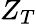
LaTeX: Z_{T}